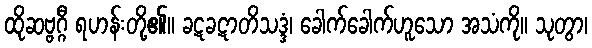
ထိုဆဗ္ဗဂ္ဂီ ရဟန်းတို့၏။ ခဋခဋာတိသဒ္ဒံ၊ ခေါက်ခေါက်ဟူသော အသံကို။ သုတွာ၊